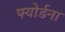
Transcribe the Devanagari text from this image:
फ्योर्डना